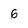
Character: 6